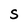
Character: S